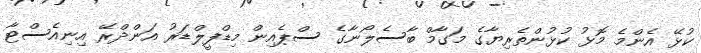
ކުޅޭ އެންމެ މޮޅު ކުޅުންތެރިޔާގެ މަގާމް ބާސެލޯނާގެ ސްޕެއިން މިޑްފީލްޑަރު އަންދްރޭ އިނިއެސްޓާ